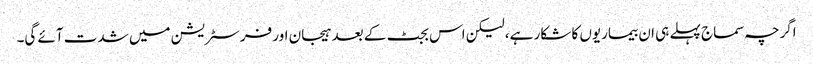
اگرچہ سماج پہلے ہی ان بیماریوں کا شکار ہے، لیکن اس بجٹ کے بعد ہیجان اور فرسٹریشن میں شدت آئے گی۔